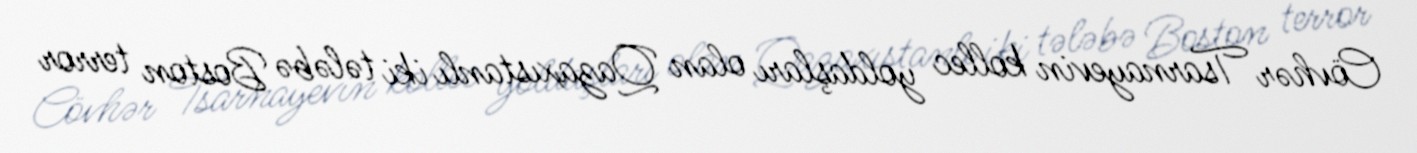
Cövhər Tsarnayevin kollec yoldaşları olan Qazaxıstanlı iki tələbə Boston terror